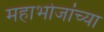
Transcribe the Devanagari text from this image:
महाभोजांच्या